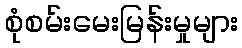
စုံစမ်းမေးမြန်းမှုများ